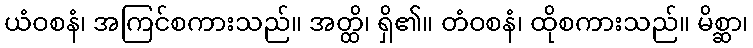
ယံဝစနံ၊ အကြင်စကားသည်။ အတ္ထိ၊ ရှိ၏။ တံဝစနံ၊ ထိုစကားသည်။ မိစ္ဆာ၊